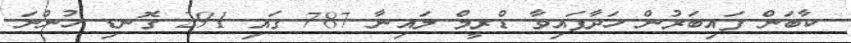
ކާބަން ފައިބަރުން ހަދާފައިވާ ޑްރީމް ލައިނާ 787 ގައި 291 ގޮނޑި ހުންނަ